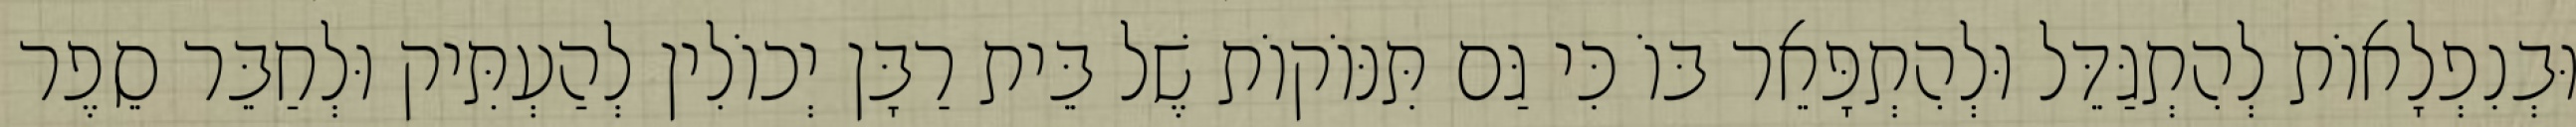
וּבְנִפְלָאוֹת לְהִתְגַּדֵּל וּלְהִתְפָּאֵר בּוֹ כִּי גַּם תִּנּוֹקוֹת שֶׁל בֵּית רַבָּן יְכוֹלִין לְהַעְתִּיק וּלְחַבֵּר סֵפֶר